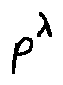
p ^ { \lambda }